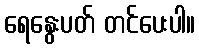
ရေနွေးပတ် တင်ပေးပါ။